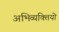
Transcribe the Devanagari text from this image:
अभिव्यक्तियो